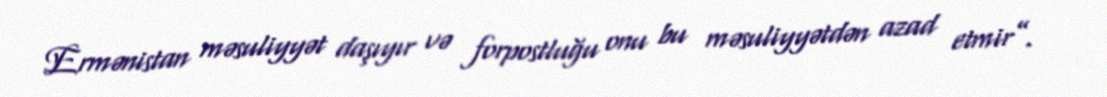
Ermənistan məsuliyyət daşıyır və forpostluğu onu bu məsuliyyətdən azad etmir”.